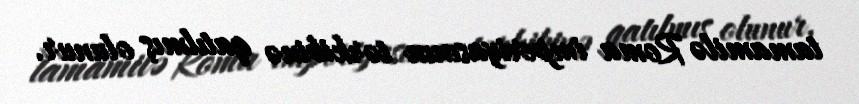
tamamilə Roma imperiyasının tərkibinə qatılmış olunur.